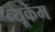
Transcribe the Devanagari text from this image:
न्यूकेम